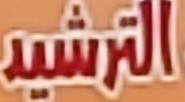
الترشيد